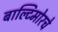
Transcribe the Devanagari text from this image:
बाल्टिमोरचे